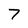
Character: 7